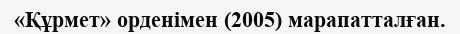
«Құрмет» орденімен (2005) марапатталған.